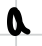
Text: a
Cross-out: clean
Writing tool: digital_black